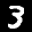
Label: 3